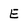
Character: E